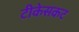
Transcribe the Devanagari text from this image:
टीकेसकट